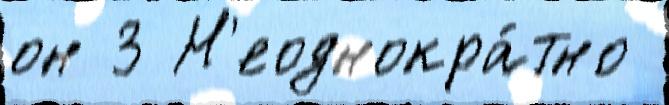
он 3 Н'еоднокра́тно